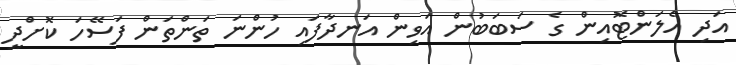
އަދި އެލަންޓޮއިން ގެ ސަބަބުން އަވިން އަނދާފައި ހުންނަ ތަންތަން ފަސޭހަ ކޮށްދީ